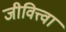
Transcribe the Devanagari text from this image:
जीवित्त्वा